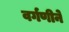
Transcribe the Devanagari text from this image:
वर्गणीने